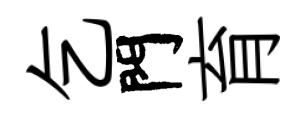
乞門育